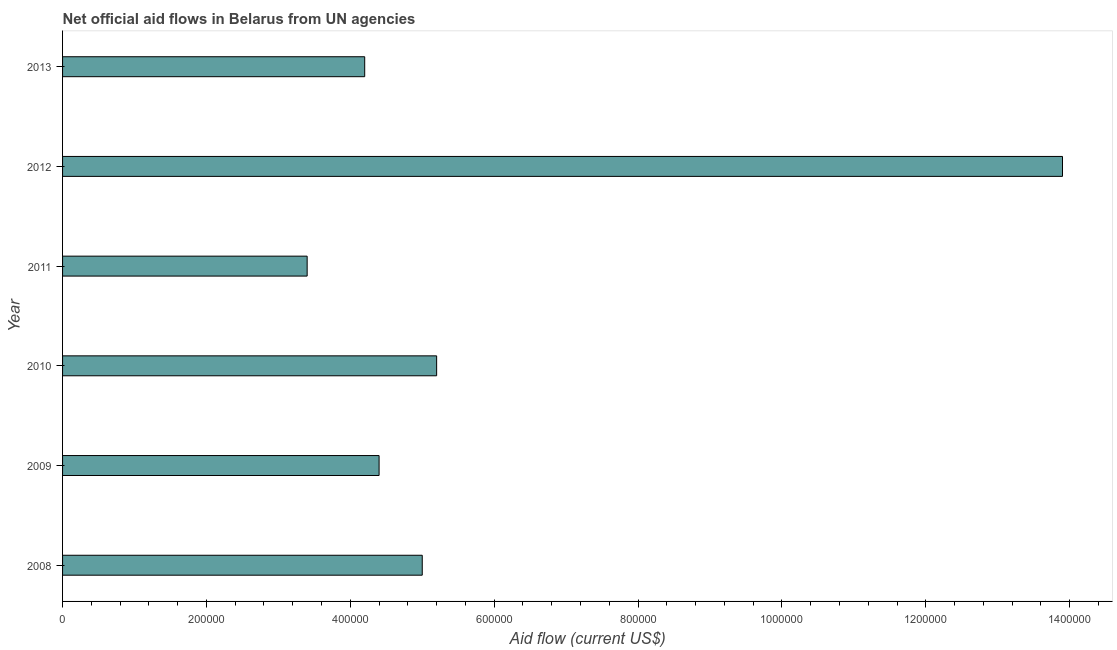
| Year | Net official flows from UN agencies |
 | --- | --- |
 | 2008 | 5e+05 |
 | 2009 | 4.4e+05 |
 | 2010 | 5.2e+05 |
 | 2011 | 3.4e+05 |
 | 2012 | 1.39e+06 |
 | 2013 | 4.2e+05 |